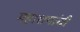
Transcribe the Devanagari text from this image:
महाशयांची